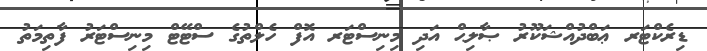
ޑިރެކްޓަރ ޢަބްދުއްޝަކޫރު ޞާލިޙް އަދި މިނިސްޓަރ އޮފް ހެލްތުގެ ސްޓޭޓް މިނިސްޓަރު ފާތިމަތު